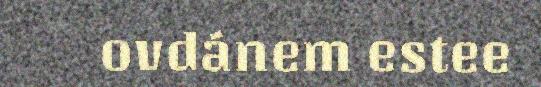
ovdánem estee